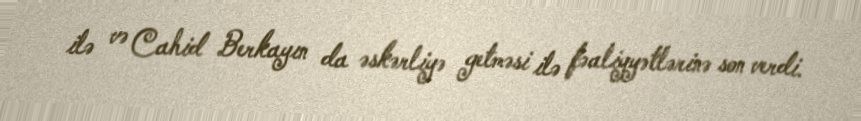
ilə və Cahid Berkayın da əskərliyə getməsi ilə fəaliyyətlərinə son verdi.